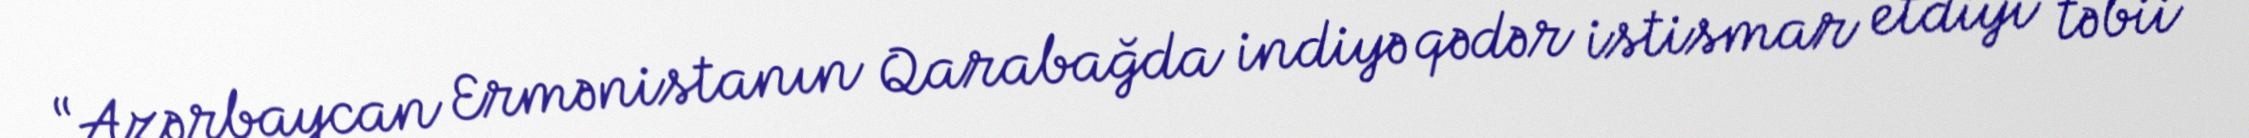
“Azərbaycan Ermənistanın Qarabağda indiyə qədər istismar etdiyi təbii